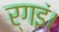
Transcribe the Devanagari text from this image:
र्गइं।